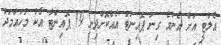
އެލްޓީ އަށް އެންމެ ގިނަ ޕޮއިންޓް އެއްކޮށްދިނީ 19 ޕޮއިންޓާ އެކު މުހައްމަދު